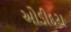
ઓડીદરા